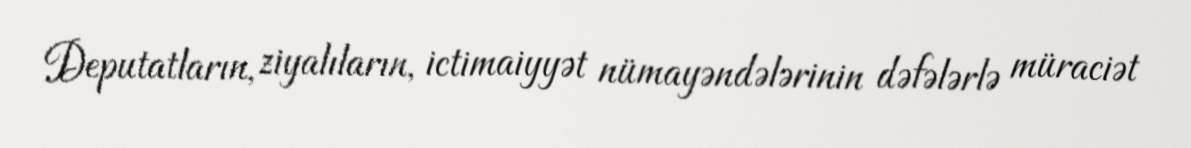
Deputatların, ziyalıların, ictimaiyyət nümayəndələrinin dəfələrlə müraciət